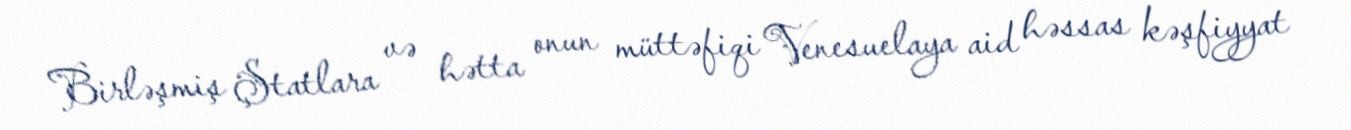
Birləşmiş Ştatlara və hətta onun müttəfiqi Venesuelaya aid həssas kəşfiyyat